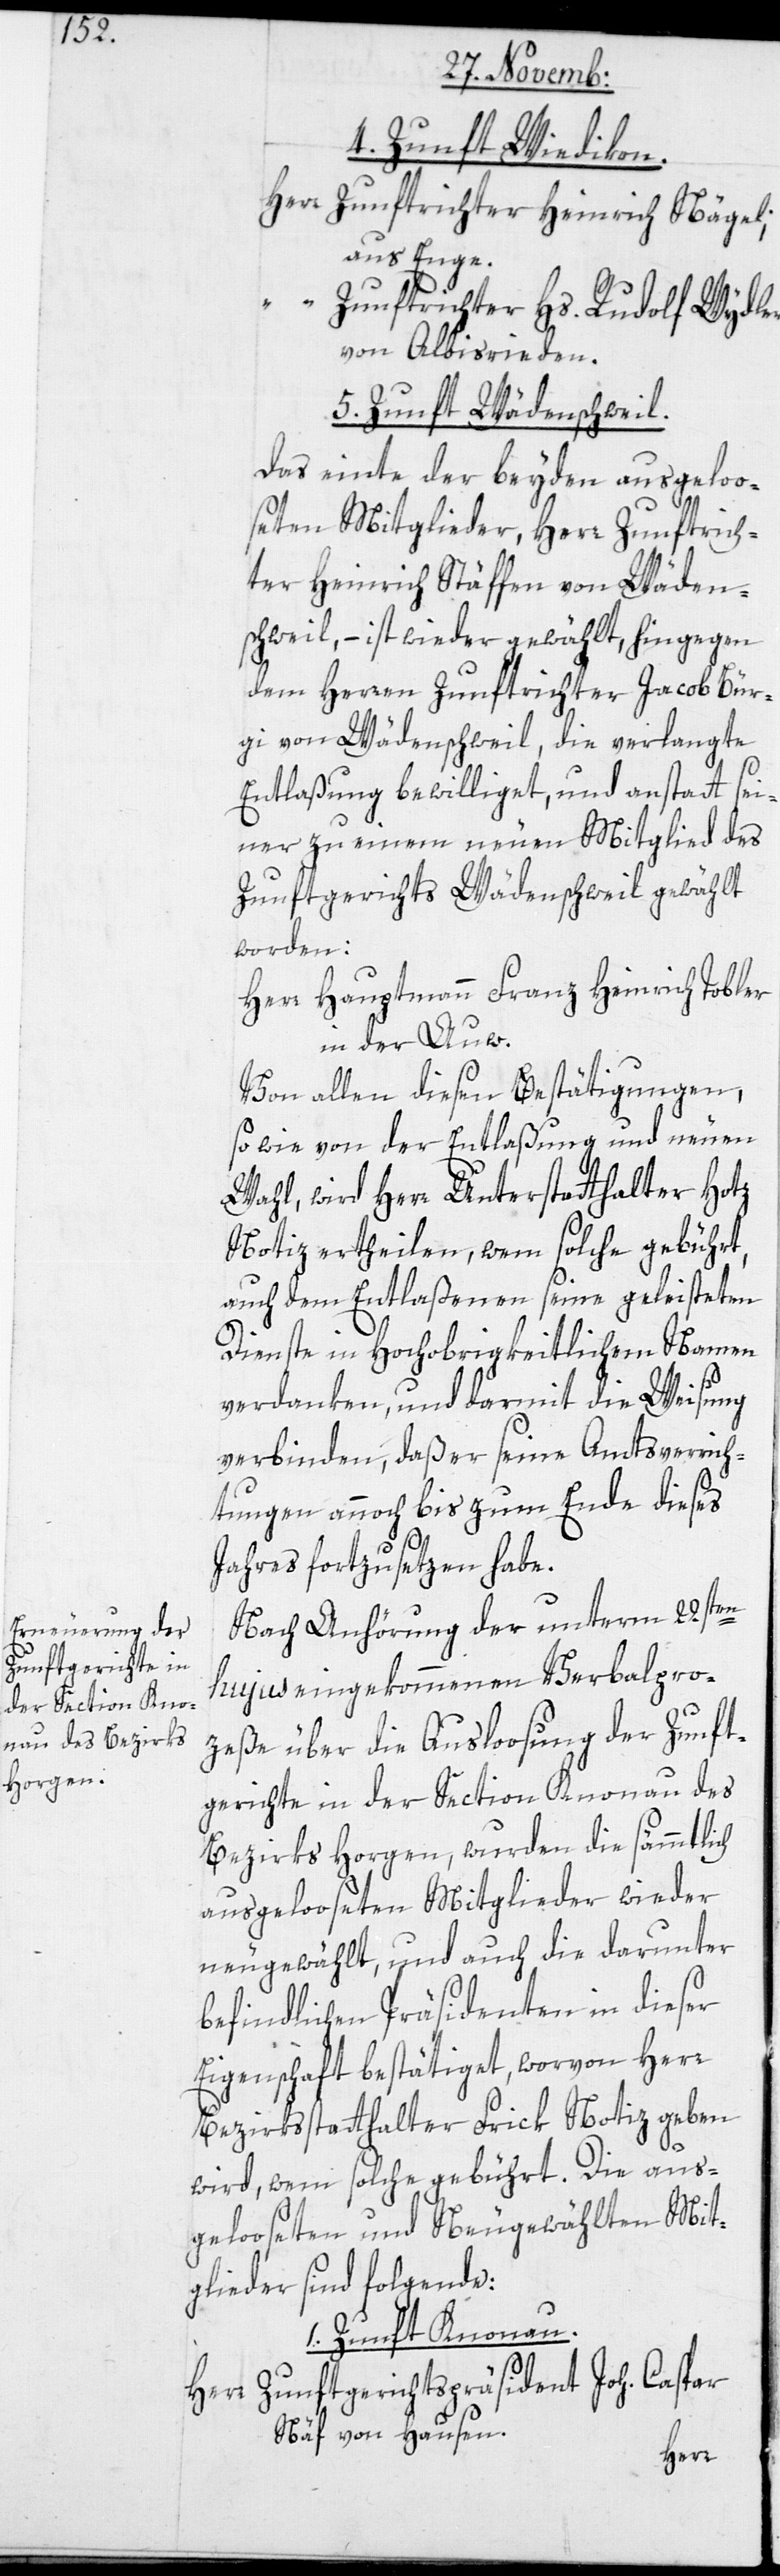
4. Zunft Wiedikon.
Herr Zunftrichter Heinrich Nägeli;
aus Enge.
Zunftrichter Hs. Rudolf Wydler
von Albisrieden.
5. Zunft Wädenschweil.
Das einte der beyden ausgeloo¬
seten Mitglieder, Herr Zunftrich¬
ter Heinrich Stäffen von Wäden¬
schweil, – ist wieder gewählt, hingegen
dem Herren Zunftrichter Jacob Bür¬
gi von Wädenschweil, die verlangte
Entlaßung bewilliget, und anstatt sei¬
ner zu einem neuen Mitglied des
Zunftgerichts Wädenschweil gewählt
worden:
Herr Hauptmann Franz Heinrich Tobler
in der Auw.
Von allen diesen Bestätigungen,
sowie von der Entlaßung und neuen
Wahl, wird Herr Unterstatthalter Hotz
Notiz ertheilen, wem solche gebührt,
auch dem Entlaßenen seine geleisteten
Dienste in Hochobrigkeitlichem Namen
verdanken, und darmit die Weisung
verbinden, daß er seine Amtsverrich¬
tungen annoch bis zum Ende dieses
Jahres fortzusetzen habe.
Nach Anhörung der unterm 22sten
hujus eingekommenen Verbalpro¬
zeße über die Ausloosung der Zunft¬
gerichte in der Section Knonau des
Bezirks Horgen, wurden die sämmtlich
ausgelooseten Mitglieder wieder
neugewählt, und auch die darunter
befindlichen Präsidenten in dieser
Eigenschaft beßtätiget, worvon Herr
Bezirksstatthalter Frick Notiz geben
wird, wem solche gebührt. Die aus¬
gelooseten und neu gewählten Mit¬
glieder sind folgende:
1. Zunft Knonau.
Herr Zunftgerichts-Präsident Joh. Caspar
Näf von Hausen.